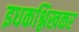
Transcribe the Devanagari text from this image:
इधकश्लिखकर